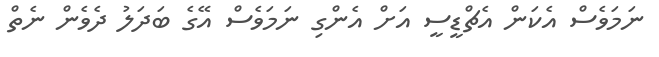
ނަމަވެސް އެކަން އެޗްޑީސީ އަށް އެންގި ނަމަވެސް އޭގެ ބަދަލު ދެވެން ނެތް